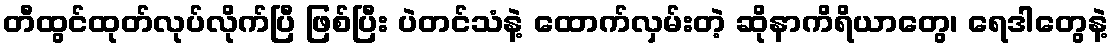
တီထွင်ထုတ်လုပ်လိုက်ပြီ ဖြစ်ပြီး ပဲတင်သံနဲ့ ထောက်လှမ်းတဲ့ ဆိုနာကိရိယာတွေ၊ ရေဒါတွေနဲ့